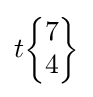
t{\begin{Bmatrix}7\\4\end{Bmatrix}}